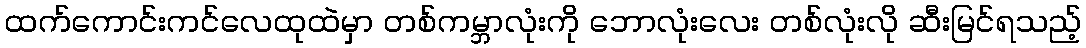
ထက်ကောင်းကင်လေထုထဲမှာ တစ်ကမ္ဘာလုံးကို ဘောလုံးလေး တစ်လုံးလို ဆီးမြင်ရသည့်